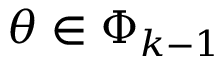
\theta \in \Phi _ { k - 1 }